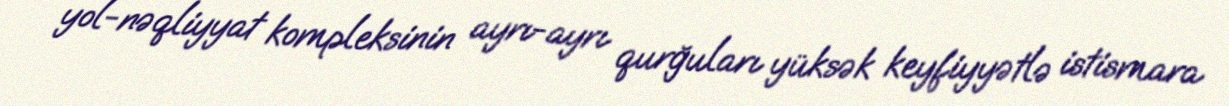
yol-nəqliyyat kompleksinin ayrı-ayrı qurğuları yüksək keyfiyyətlə istismara